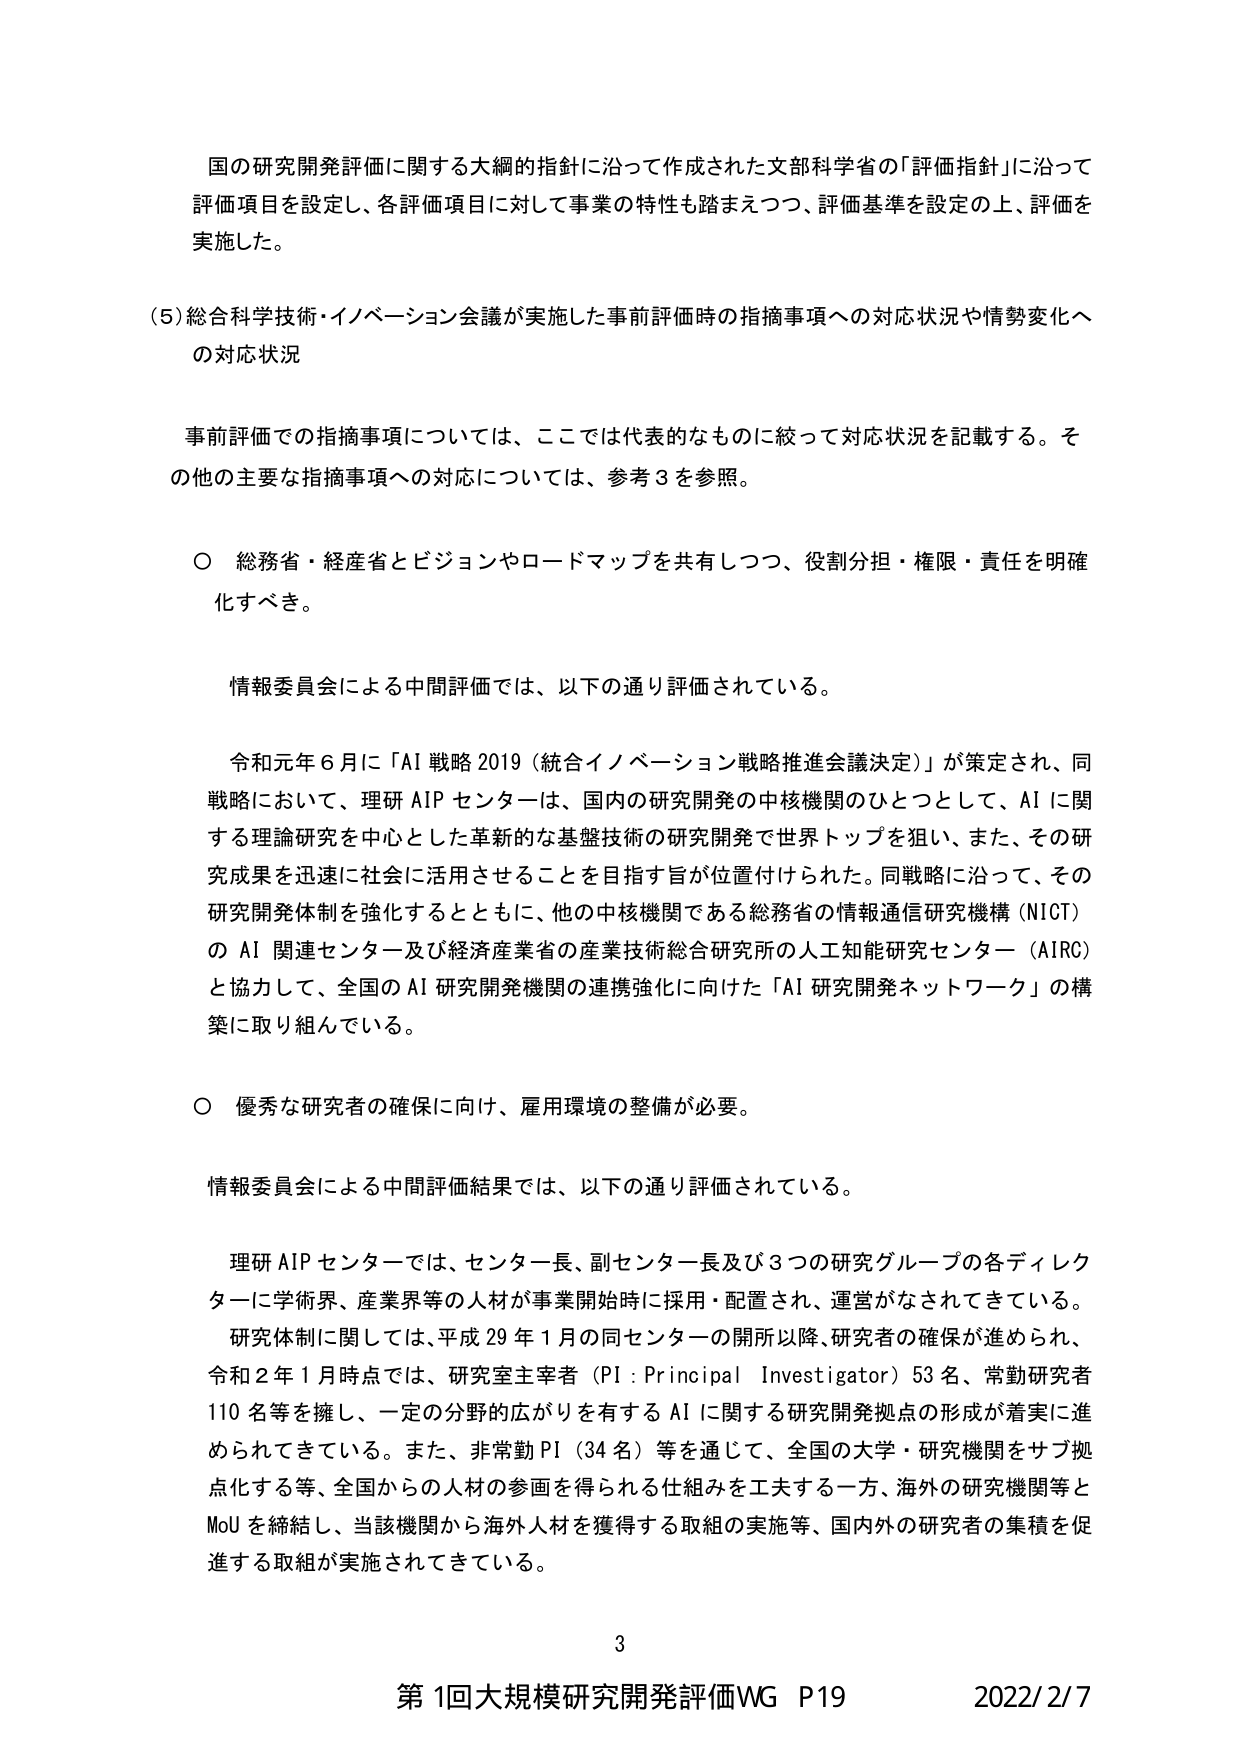
国の研究開発評価に関する大綱的指針に沿って作成された文部科学省の「評価指針」に沿って評価項目を設定し、各評価項目に対して事業の特性も踏まえつつ、評価基準を設定の上、評価を実施した。

(5) 総合科学技術・イノベーション会議が実施した事前評価時の指摘事項への対応状況や情勢変化への対応状況

事前評価での指摘事項については、ここでは代表的なものに絞って対応状況を記載する。その他の主要な指摘事項への対応については、参考3を参照。

○ 総務省・経産省とビジョンやロードマップを共有しつつ、役割分担・権限・責任を明確化すべき。

情報委員会による中間評価では、以下の通り評価されている。

令和元年6月に「AI戦略2019（統合イノベーション戦略推進会議決定）」が策定され、同戦略において、理研AIPセンターは、国内の研究開発の中核機関のひとつとして、AIに関する理論研究を中心とした革新的な基盤技術の研究開発で世界トップを狙い、また、その研究成果を迅速に社会に活用させることを目指す旨が位置付けられた。同戦略に沿って、その研究開発体制を強化するとともに、他の中核機関である総務省の情報通信研究機構（NICT）のAI関連センター及び経済産業省の産業技術総合研究所の人工知能研究センター（AIRC）と協力して、全国のAI研究開発機関の連携強化に向けた「AI研究開発ネットワーク」の構築に取り組んでいる。

○ 優秀な研究者の確保に向け、雇用環境の整備が必要。

情報委員会による中間評価結果では、以下の通り評価されている。

理研AIPセンターでは、センター長、副センター長及び3つの研究グループの各ディレクターに学術界、産業界等の人材が事業開始時に採用・配置され、運営がなされてきている。研究体制に関しては、平成29年1月の同センターの開所以降、研究者の確保が進められ、令和2年1月時点では、研究室主宰者（PI：Principal Investigator）53名、常勤研究者110名等を擁し、一定の分野的広がりを有するAIに関する研究開発拠点の形成が着実に進められてきている。また、非常勤PI（34名）等を通じて、全国の大学・研究機関をサブ拠点化する等、全国からの人材の参画を得られる仕組みを工夫する一方、海外の研究機関等とMoUを締結し、当該機関から海外人材を獲得する取組の実施等、国内外の研究者の集積を促進する取組が実施されてきている。

3

第1回大規模研究開発評価WG P19 2022/2/7